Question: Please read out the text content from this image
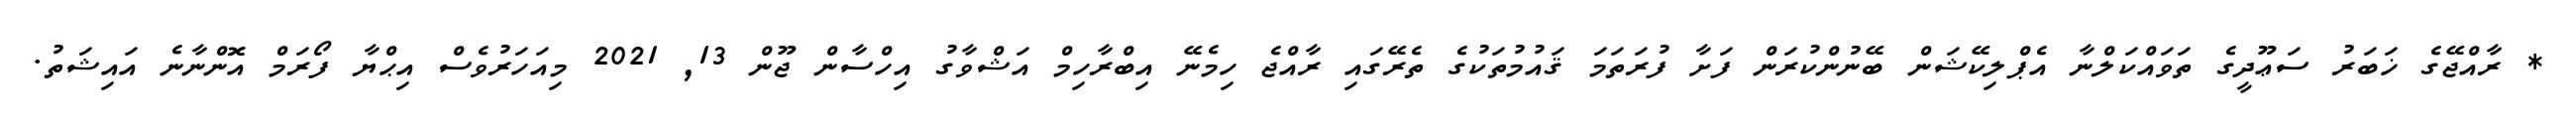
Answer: * ރާއްޖޭގެ ޚަބަރު ސަޢޫދީގެ ތަވައްކަލްނާ އެޕްލިކޭޝަން ބޭނުންކުރަން ފަށާ ފުރަތަމަ ޤައުމުތަކުގެ ތެރޭގައި ރާއްޖެ ހިމެނޭ އިބްރާހިމް އަޝްވާގު އިހްސާން ޖޫން 13, 2021 މިއަހަރުވެސް އިޙްޔާ ފޯރަމް އޮންނާނެ އައިޝަތު.